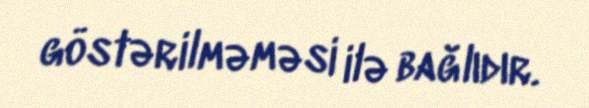
göstərilməməsi ilə bağlıdır.